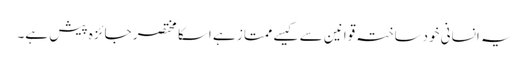
یہ انسانی خودساختہ قوانین سے کیسے ممتاز ہے اسکا مختصر جائزہ پیش ہے۔